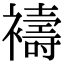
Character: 𮖻